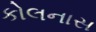
કોલનાસ